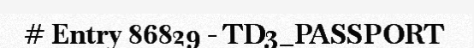
# Entry 86829 - TD3_PASSPORT